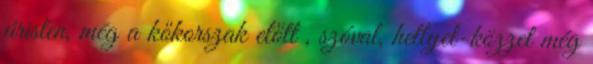
úristen, még a kőkorszak előtt , szóval, hellyel-közzel még